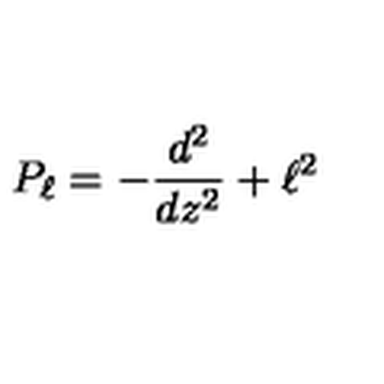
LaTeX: P _ { \ell } = - { \frac { d ^ { 2 } } { d z ^ { 2 } } } + \ell ^ { 2 }